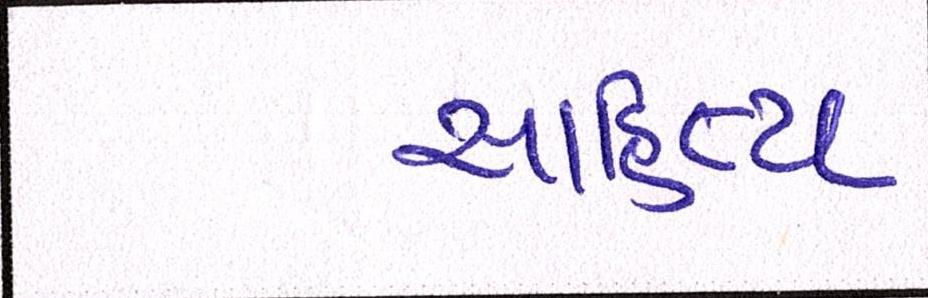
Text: સાહિત્ય